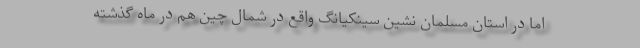
اما در استان مسلمان نشین سینکیانگ واقع در شمال چین هم در ماه گذشته